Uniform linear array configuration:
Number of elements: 64
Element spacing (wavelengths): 0.25
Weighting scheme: cosine
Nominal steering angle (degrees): -30
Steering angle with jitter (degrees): -31.54
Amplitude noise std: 0.05
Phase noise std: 0.05

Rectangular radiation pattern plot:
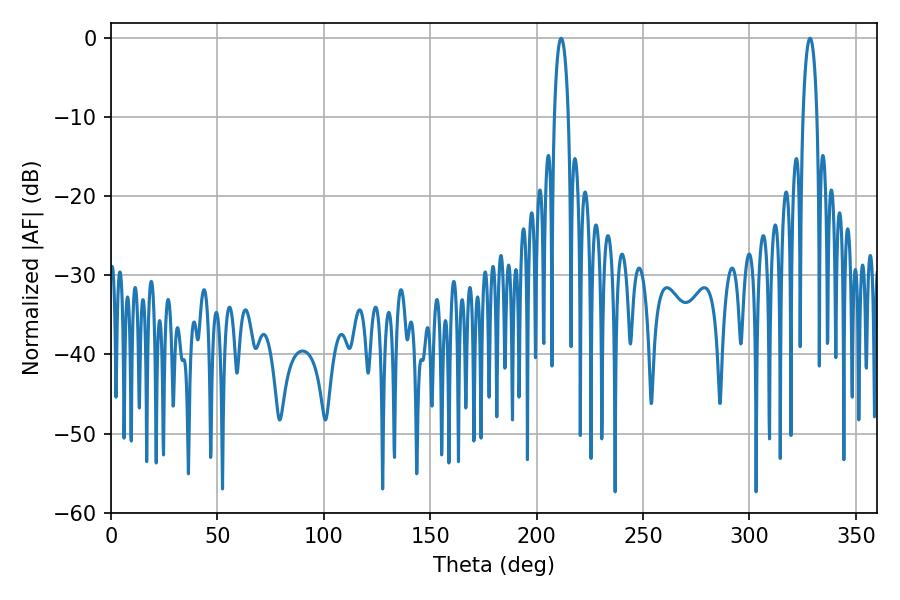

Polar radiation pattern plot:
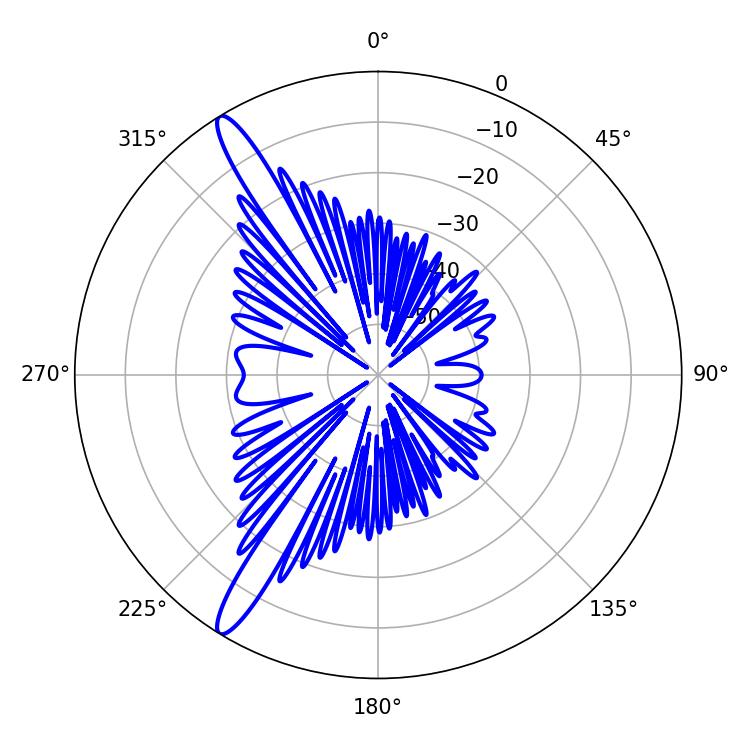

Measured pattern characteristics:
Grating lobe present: FALSE
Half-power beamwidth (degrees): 3.78
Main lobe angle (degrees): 211.5